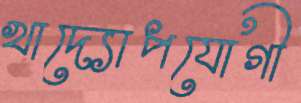
খাদ্যোপযোগী